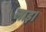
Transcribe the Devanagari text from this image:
लाइ।